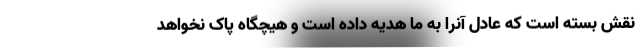
نقش بسته است که عادل آنرا به ما هدیه داده است و هیچگاه پاک نخواهد